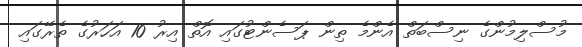
މުސްލިމުންގެ ނިސްބަތް އެންމެ ތިން ޕަސެންޓުގައި އޮތް އިރު 10 އަހަރުގެ ތެރޭގައި